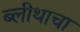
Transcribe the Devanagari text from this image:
ब्लीथाचा